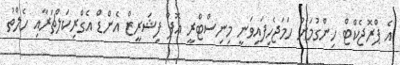
އެ ޕްރޮޖެކްޓް ހިންގުމަށް ހަމަޖެހިފައިވަނީ މިނިސްޓްރީ އޮފް ފިޝަރީޒް އެންޑް އެގްރިކަލްޗަރާއި ހެލްތު